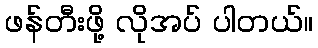
ဖန်တီးဖို့ လိုအပ် ပါတယ်။